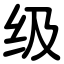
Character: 级